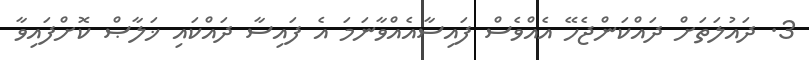
3. ދައުލަތަށް ދައްކަންޖެހޭ އެއްވެސް ފައިސާއެއްވާނަމަ އެ ފައިސާ ދައްކައި ޚަލާޞް ކޮށްފައިވާ